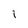
Character: 1